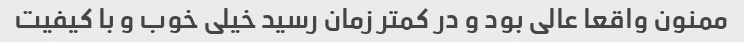
ممنون واقعا عالی بود و در کمتر زمان رسید خیلی خوب و با کیفیت